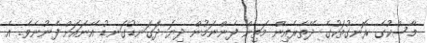
މާސްކުގެ ރޮނގުތަކުގެ ދޭތެރެއިން މަތިން ފެންނަމުން ދިޔަ ދަގަނޑުގަނޑު އޭނައަށް ފެނުނެވެ. އެ